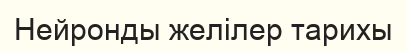
Нейронды желілер тарихы